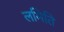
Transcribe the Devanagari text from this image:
लमिति